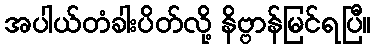
အပါယ်တံခါးပိတ်လို့ နိဗ္ဗာန်မြင်ရပြီ။